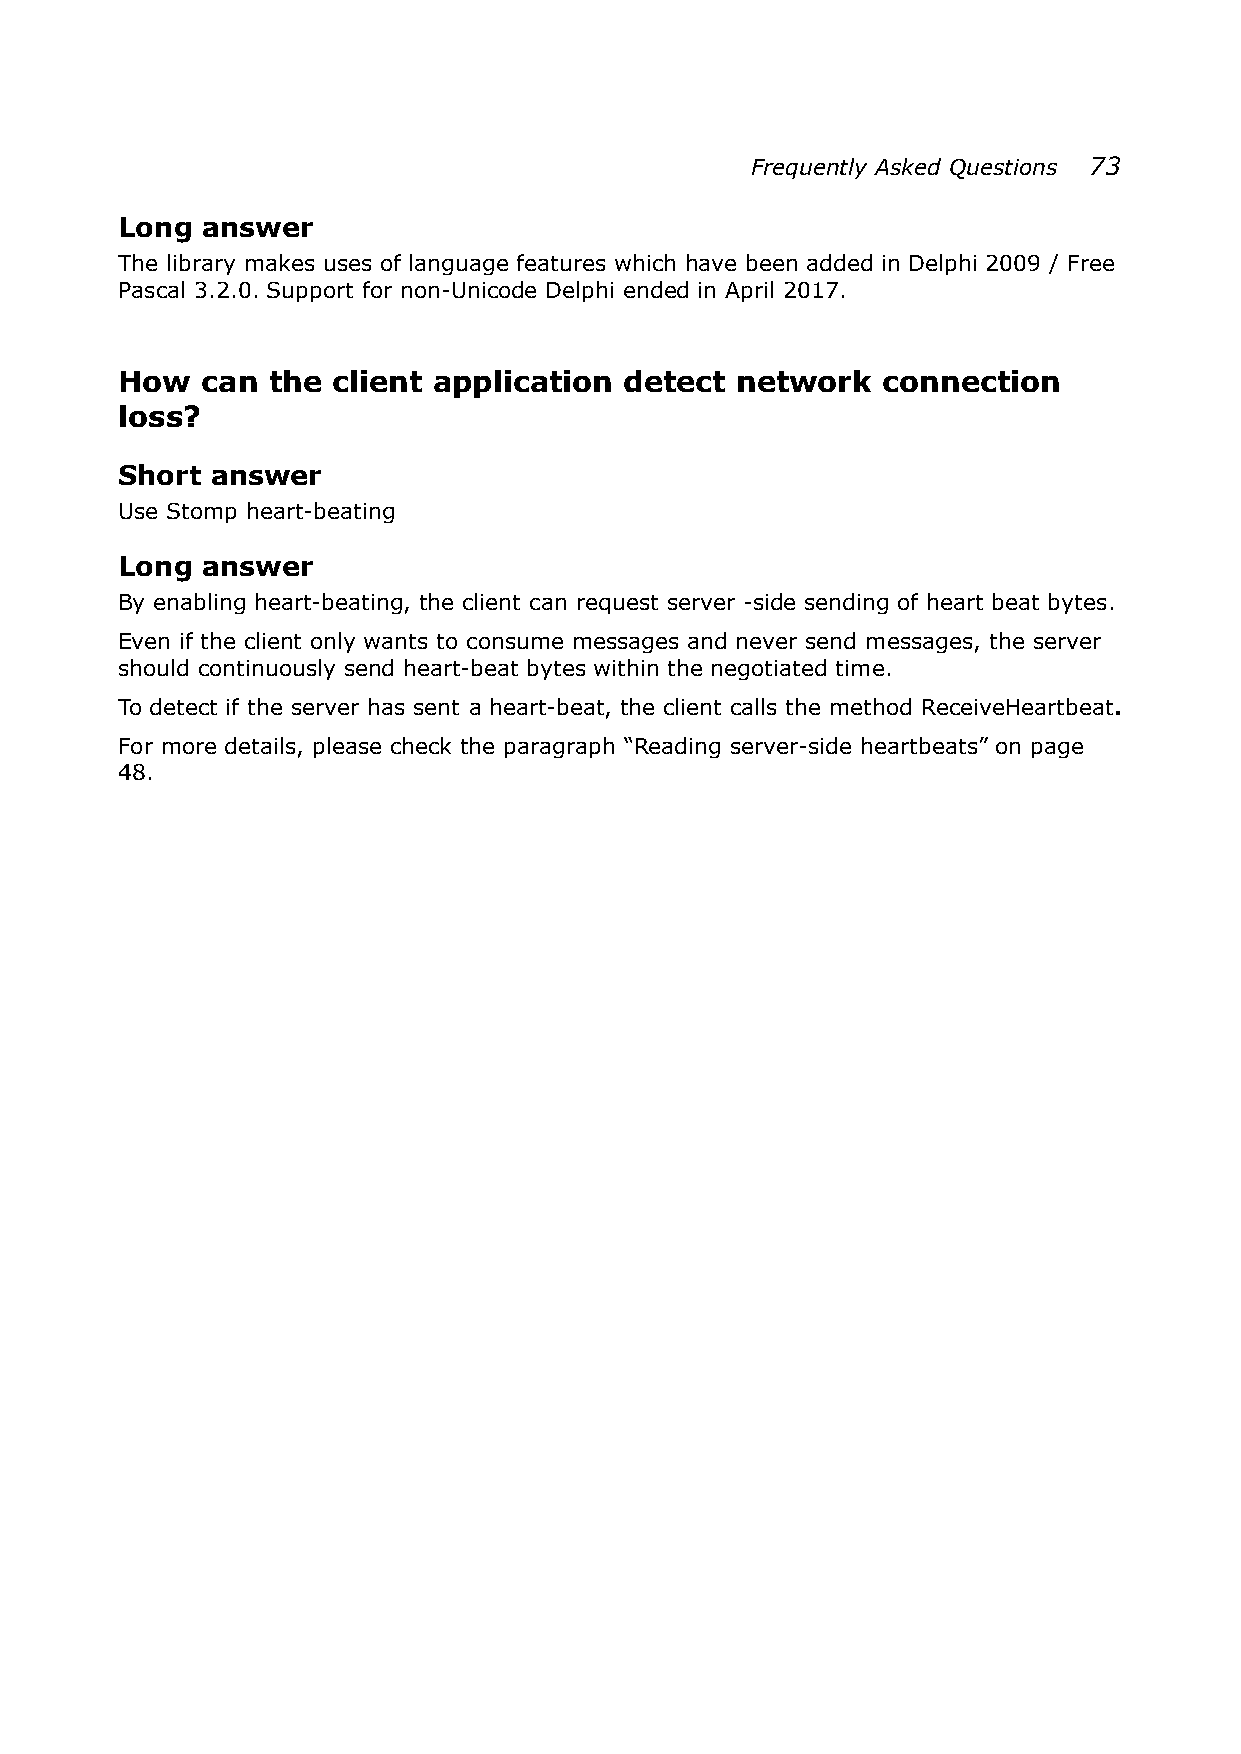
Frequently Asked Questions 73
 Long answer
 The library makes uses of language features which have been added in Delphi 2009 / Free
 Pascal 3.2.0. Support for non-Unicode Delphi ended in April 2017.
 How  can  the client application detect  network  connection
 loss?
 Short answer
 Use Stomp heart-beating
 Long answer
 By enabling heart-beating, the client can request server -side sending of heart beat bytes.
 Even if the client only wants to consume messages and never send messages, the server
 should continuously send heart-beat bytes within the negotiated time.
 To detect if the server has sent a heart-beat, the client calls the method ReceiveHeartbeat.
 For more details, please check the paragraph “Reading server-side heartbeats” on page
 48.